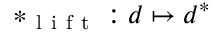
* _ { \mathrm { ~ l ~ i ~ f ~ t ~ } } : d \mapsto d ^ { * }